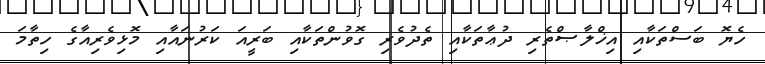
ހެޔޮ ބަސްތަކާއި އިޚްލާޞްތެރި ދުޢާތަކާއި ތެދުވެރި ގޮވުންތަކާއި ބަރީއަ ކަރުނައާއި މޮޅިވެރިއާގެ ހިތާމަ